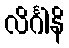
လိင်္ဂါနိ